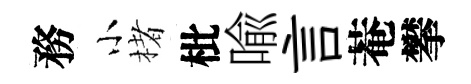
務小楮枇喩言菴攀